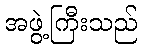
အဖွဲ့ကြီးသည်